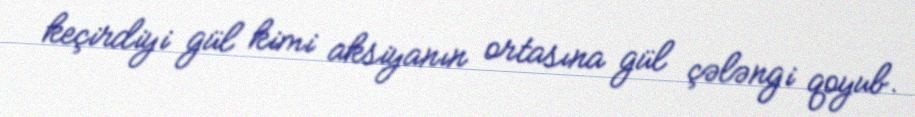
keçirdiyi gül kimi aksiyanın ortasına gül çələngi qoyub.